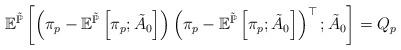
LaTeX: \begin{align*}\mathbb{E}^{\tilde{\mathbb{P}}}\left[\left(\pi_{p}-\mathbb{E}^{\tilde{\mathbb{P}}}\left[\pi_{p};\tilde{A}_{0}\right]\right)\left(\pi_{p}-\mathbb{E}^{\tilde{\mathbb{P}}}\left[\pi_{p};\tilde{A}_{0}\right]\right)^{\top};\tilde{A}_{0}\right]=Q_{p}\end{align*}